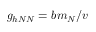
g _ { h N N } = b m _ { N } / v